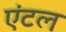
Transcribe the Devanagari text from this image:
एंटल